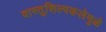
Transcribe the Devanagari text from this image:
वास्तुशिल्पकलेमुळे